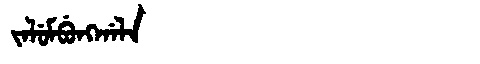
Manchu: ᠵᠠᠯᡠᠮᠪᡠᠩᡤᠠᠯᠠ
Romanization: JALUMBUNGGALA